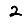
Digit: 2